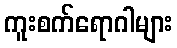
ကူးစက်ရောဂါများ